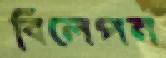
বিলেপন